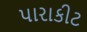
પારાકીટ